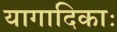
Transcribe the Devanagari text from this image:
यागादिकाः